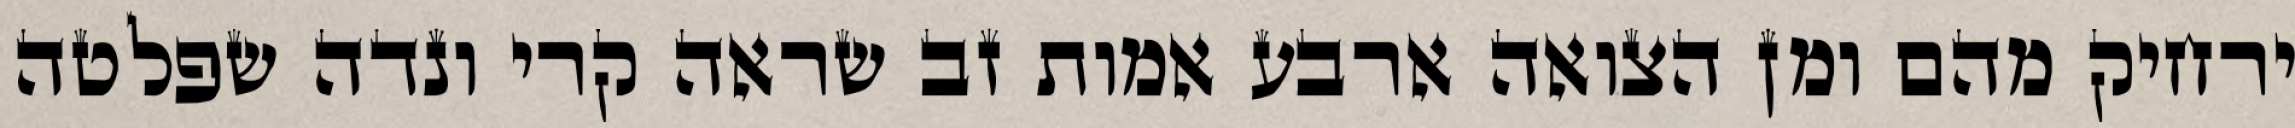
ירחיק מהם ומן הצואה ארבע אמות זב שראה קרי ונדה שפלטה